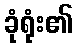
ခုံရုံး၏